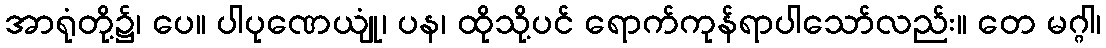
အာရုံတို့၌၊ ပေ။ ပါပုဏေယျုံ၊ ပန၊ ထိုသို့ပင် ရောက်ကုန်ရာပါသော်လည်း။ တေ မဂ္ဂါ၊